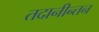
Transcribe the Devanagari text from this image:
तदानीन्तन